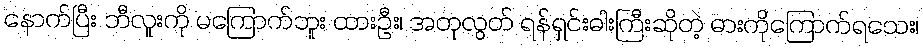
နောက်ပြီး ဘီလူးကို မကြောက်ဘူး ထားဦး၊ အတုလွတ် ရန်ရှင်းဓါးကြီးဆိုတဲ့ ဓားကိုကြောက်ရသေး၊